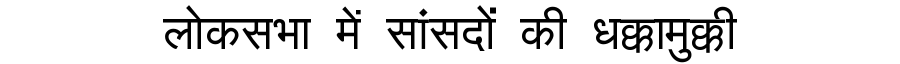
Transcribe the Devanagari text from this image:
लोकसभा में सांसदों की धक्कामुक्की